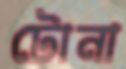
টোনা